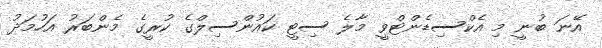
އޭނަ ބުނީ މި އެކްސިޑެންޓްވީ މާލެ ސިޓީ ކައުންސިލްގެ ކުރީގެ މެންބަރު އަހުމަދު